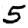
Digit: 5